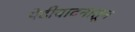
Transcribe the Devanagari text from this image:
पेटीवादनातून